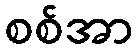
စစ်အာ